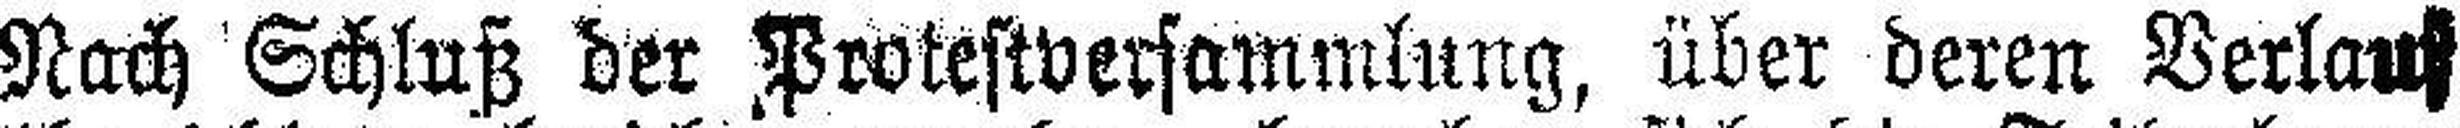
Nach Schluß der Protestversammlung, über deren Verlau###